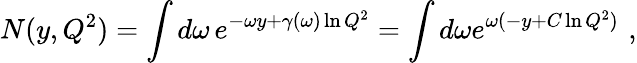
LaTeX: N(y,Q^{2})=\int d\omega\, e^{-\omega y+\gamma(\omega)\ln Q^{2}}=\int d\omega e^{\omega(-y+C\ln Q^{2})}\, \, ,